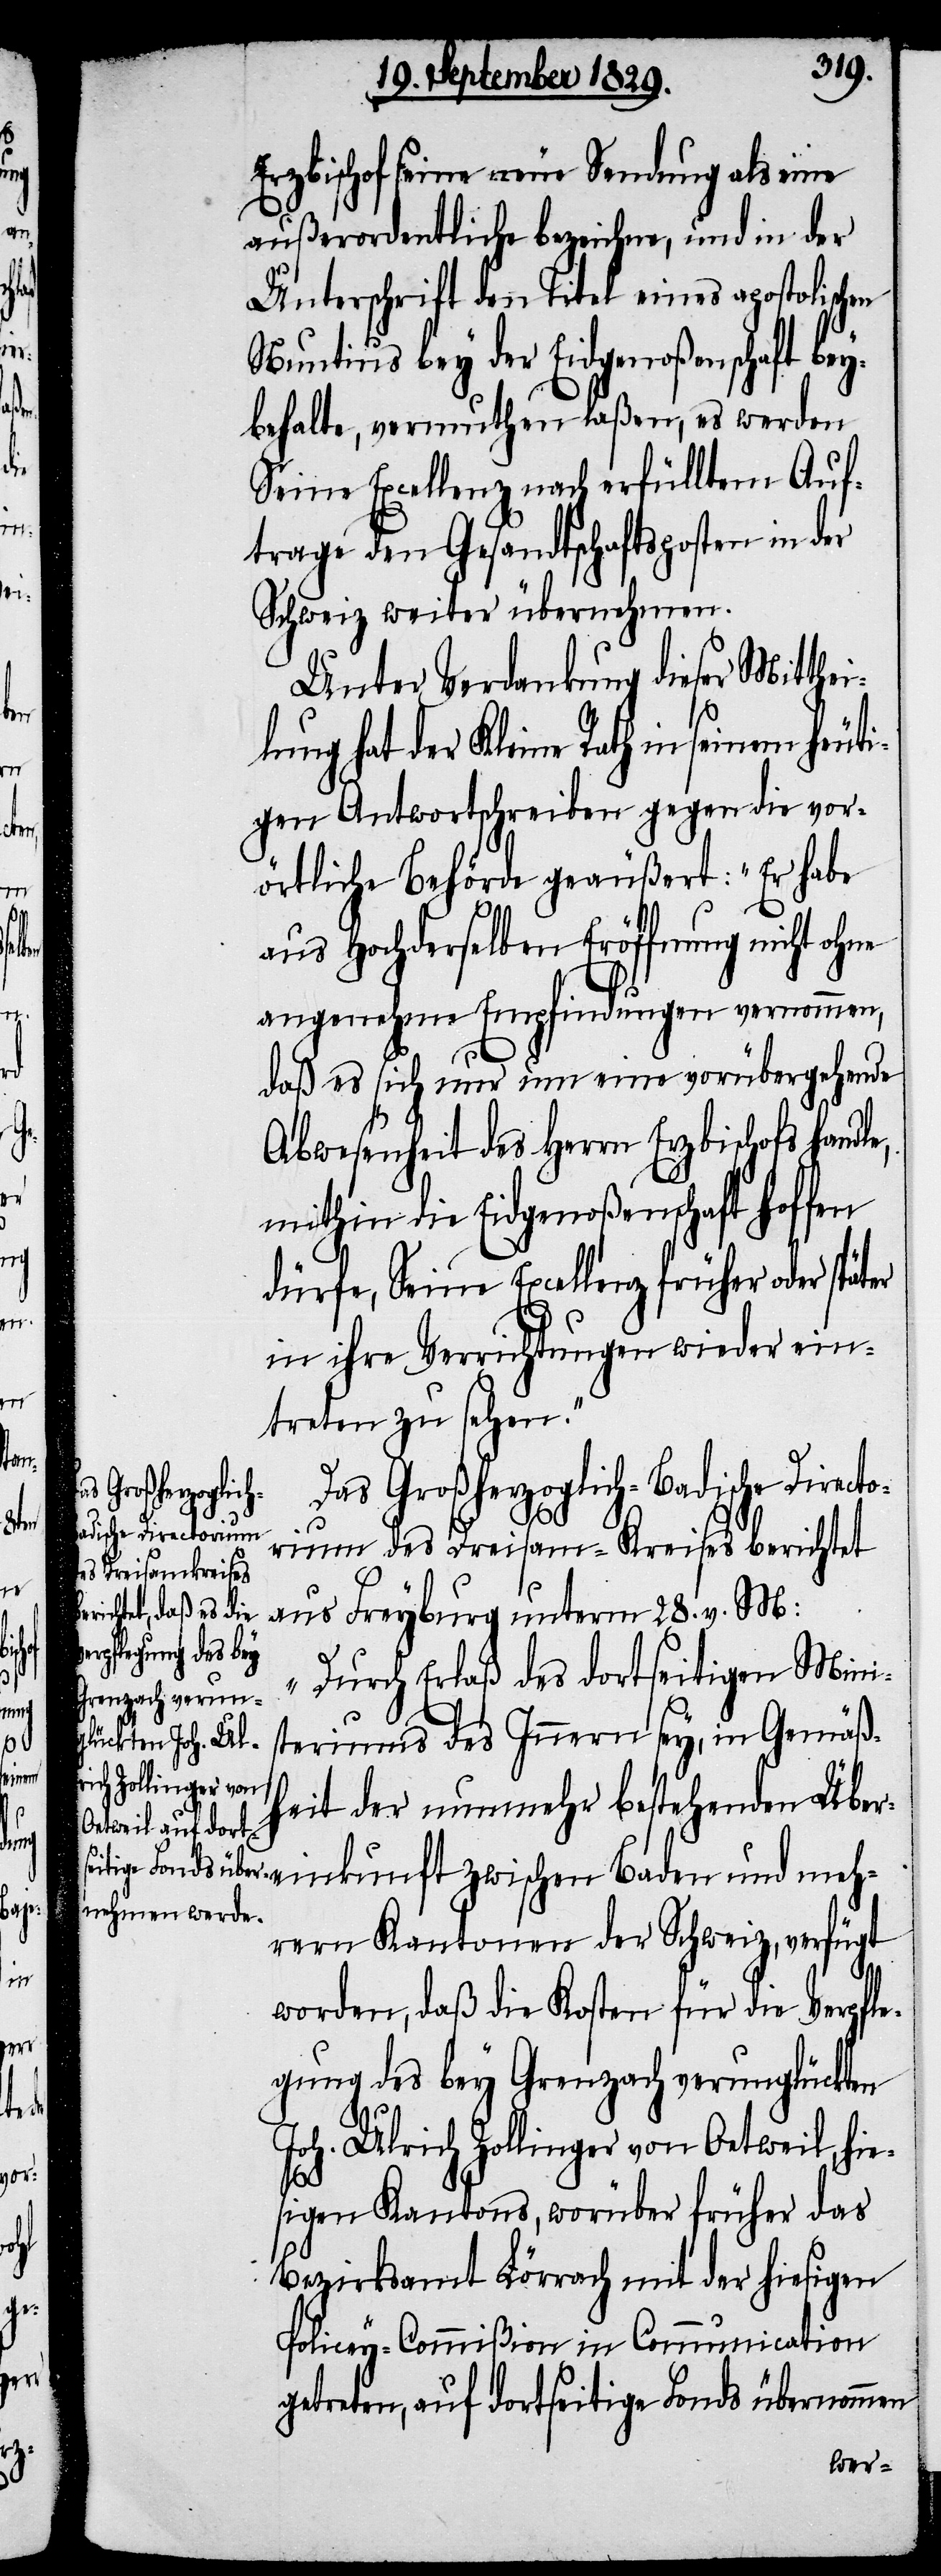
ter

Erzbischof seine neue Sendung als eine
außerordentliche bezeichne, und in der
behalte, vermuthen laßen, es werden
Seine Excellenz nach erfülltem Auf¬
trage den Gesandtschaftsposten in der
Schweiz weiter übernehmen.
Unter Verdankung dieser Mitthei¬
lung hat der Kleine Rath in seinem heut¬
igen Antwortschreiben gegen die vor¬
örtliche Behörde geäußert: „Er habe
aus Hochderselben Eröffnung nicht
angenehme Empfindung vernommen,
daß es sich nur um eine vorübergehende
Abwesenheit des Herrn Erzbischof handle,
mithin die Eidgenoßenschaft hoffen
dürfe, Seine Excellenz früher oder spä¬
in ihre Verrichtungen wieder ein¬
treten zu sehen.“
Das Großherzoglich-Badische Directo¬
Unterschrif¬
rium des Dreisam-Kreises berichtet
aus Freyburg unterm 28. v. M:
„Durch Erlaß des dortseitigen Mini¬
steriums des Innern sey, in Gemäß¬
heit der nunmehr bestehenden Über¬
einkunft zwischen Baden und meh¬
rern Kantonen der Schweiz, verfügt
worden, daß die Kosten für die Verpfle¬
gung des bey Grenzach verunglückten
Joh. Ulrich Zollinger von Oetweil, hie¬
sigen Kantons, worüber früher das
Bezirksamt Lörrach mit der hiesigen
Policey-Commißion in Communication
getreten, auf dortseitige Fonds übernommen